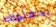
يجعلونك